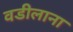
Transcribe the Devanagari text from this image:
वडीलाना